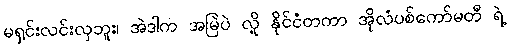
မရှင်းလင်းလှဘူး၊ အဲဒါက အမြဲပဲ လို့ နိုင်ငံတကာ အိုလံပစ်ကော်မတီ ရဲ့